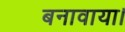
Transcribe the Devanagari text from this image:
बनावाया।